Bombay plague: being a history of the progress of plague in the Bombay presidency from September 1896 to June 1899
Year: 1896
Disease focus: Plague
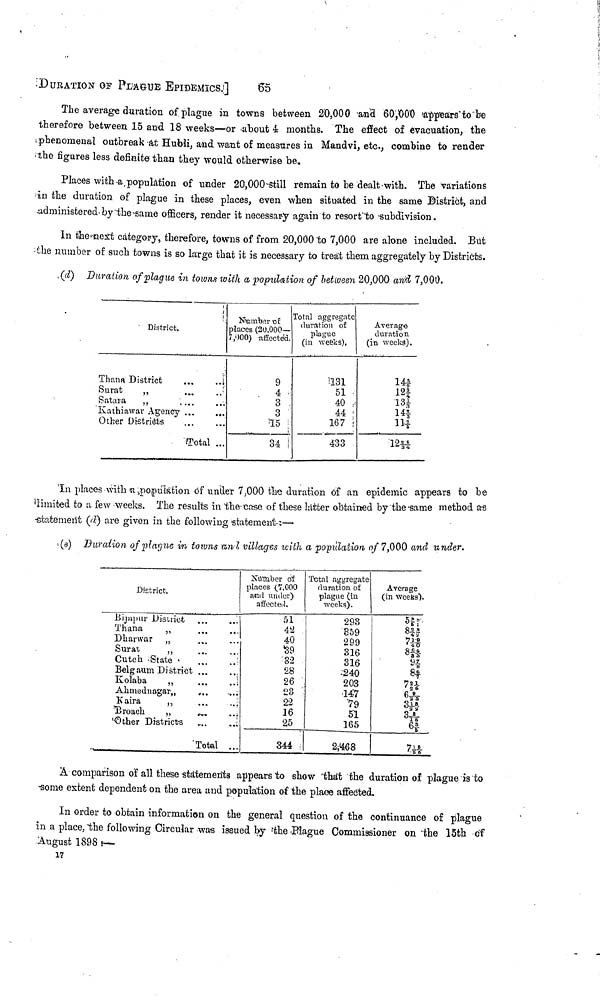
DURATION OF PLAGUE EPIDEMICS.
65
The average duration of plague in towns between 20,000 and 60,000 appears to be
therefore between 15 and 18 weeks—or about 4 months. The effect of evacuation, the
phenomenal outbreak at Hubli, and want of measures in Mandvi, etc., combine to render
the figures less definite than they would otherwise be.
Places with a population of under 20,000 still remain to be dealt with. The variations
in the duration of plague in these places, even when situated in the same District, and
administered by the same officers, render it necessary again to resort to subdivision.
In the next category, therefore, towns of from 20,000 to 7,000 are alone included. But
the number of such towns is so large that it is necessary to treat them aggregately by Districts.
(d)
Duration of plague in towns with a population of between 20,000 and 7,000.
District.
Thana District
...
...
Surat
,,
...
...
Satara
,,
... ...
Kathiawar Agency ... ...
Other Districts
Total ...
Number of
places (20,000—
7,000) affected.
9
4
3
3
15
34
Total aggregate
duration of
plague
(in weeks).
1131
51
40
44
167
433
Average
duration
(in weeks).
14
12¾
13
14
11
12
In places with a population of under 7,000 the duration of an epidemic appears to be
limited to a few weeks. The results in the case of these latter obtained by the same method as
statement (d) are given in the following statement :—
(e) Duration of plague in towns and villages with a population of 7,000 and under.
District.
Bijapur District ...
...
Thana
,,
Dharwar ,,
Surat
,,
Cutch State
Belgaum District ...
Kolaba
,,
Ahmednagar,,
...
Kaira
„
Broach
„
...
Other Districts
Total ...
Number of
places (7,000
and under)
affected.
51
42
40
39
32
28
26
23
22
16
25
344
Total aggregate
duration of
plague (in
weeks).
293
859
299
316
316
240
203
147
79
51
165
2,468
Average
(in weeks).
5 5/1
82/4 8/2
71/4 9/0
86/8 4/3
9 7/8
8 4/7
7 2/3 1/6
6 9/2 3
3 1/2 3/2
3 8/1 2
6 3/5
7 1/8 5/6
A comparison of all these statements appears to show that the duration of plague is to
some extent dependent on the area and population of the place affected.
In order to obtain information on the general question of the continuance of plague
in a place, the following Circular was issued by the Plague Commissioner on the 15th of
August 1898 —
17